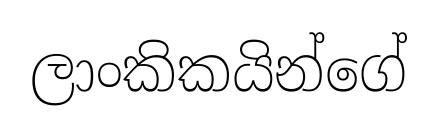
ලාංකිකයින්ගේ